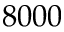
8 0 0 0